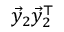
\vec { y } _ { 2 } \vec { y } _ { 2 } ^ { \top }